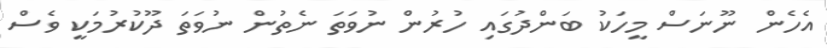
އެހެން ނޫނަސް މީހަކު ބަންދުގައި ހުރުން ނުވަތަ ނެތުން ނުވަތަ ދޫކުރުމަކީ ވެސް